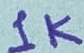
Text: 1K